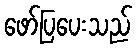
ဖော်ပြပေးသည်